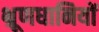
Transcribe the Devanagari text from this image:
भ्रूणधानियों